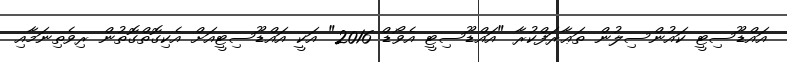
އައްޑޫސިޓީ ކައުންސިލުން ތަޢާރަފްކުރާ "އައްޑޫސިޓީ އެވޯޑް 2016" އަކީ އައްޑޫސިޓީއަށް އެކިގޮތްގޮތުން ރިވެތިނަމާއި